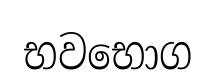
භවභොග